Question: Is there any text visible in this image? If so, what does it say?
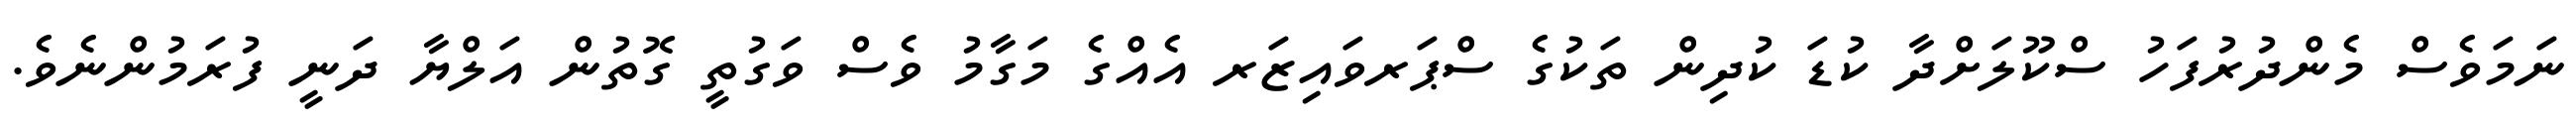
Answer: ނަމަވެސް މެންދުރުފަހު ސްކޫލަށްދާ ކުޑަ ކުދިން ތަކުގެ ސްޕަރވައިޒަރ އެއްގެ މަގާމު ވެސް ވަގުތީ ގޮތުން އަލްޔާ ދަނީ ފުރަމުންނެވެ.